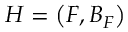
H = \left( F , B _ { F } \right)